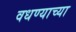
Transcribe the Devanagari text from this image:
वधण्याच्या